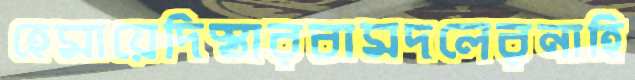
হেমায়েদিস্তারবামদলেরনাহি